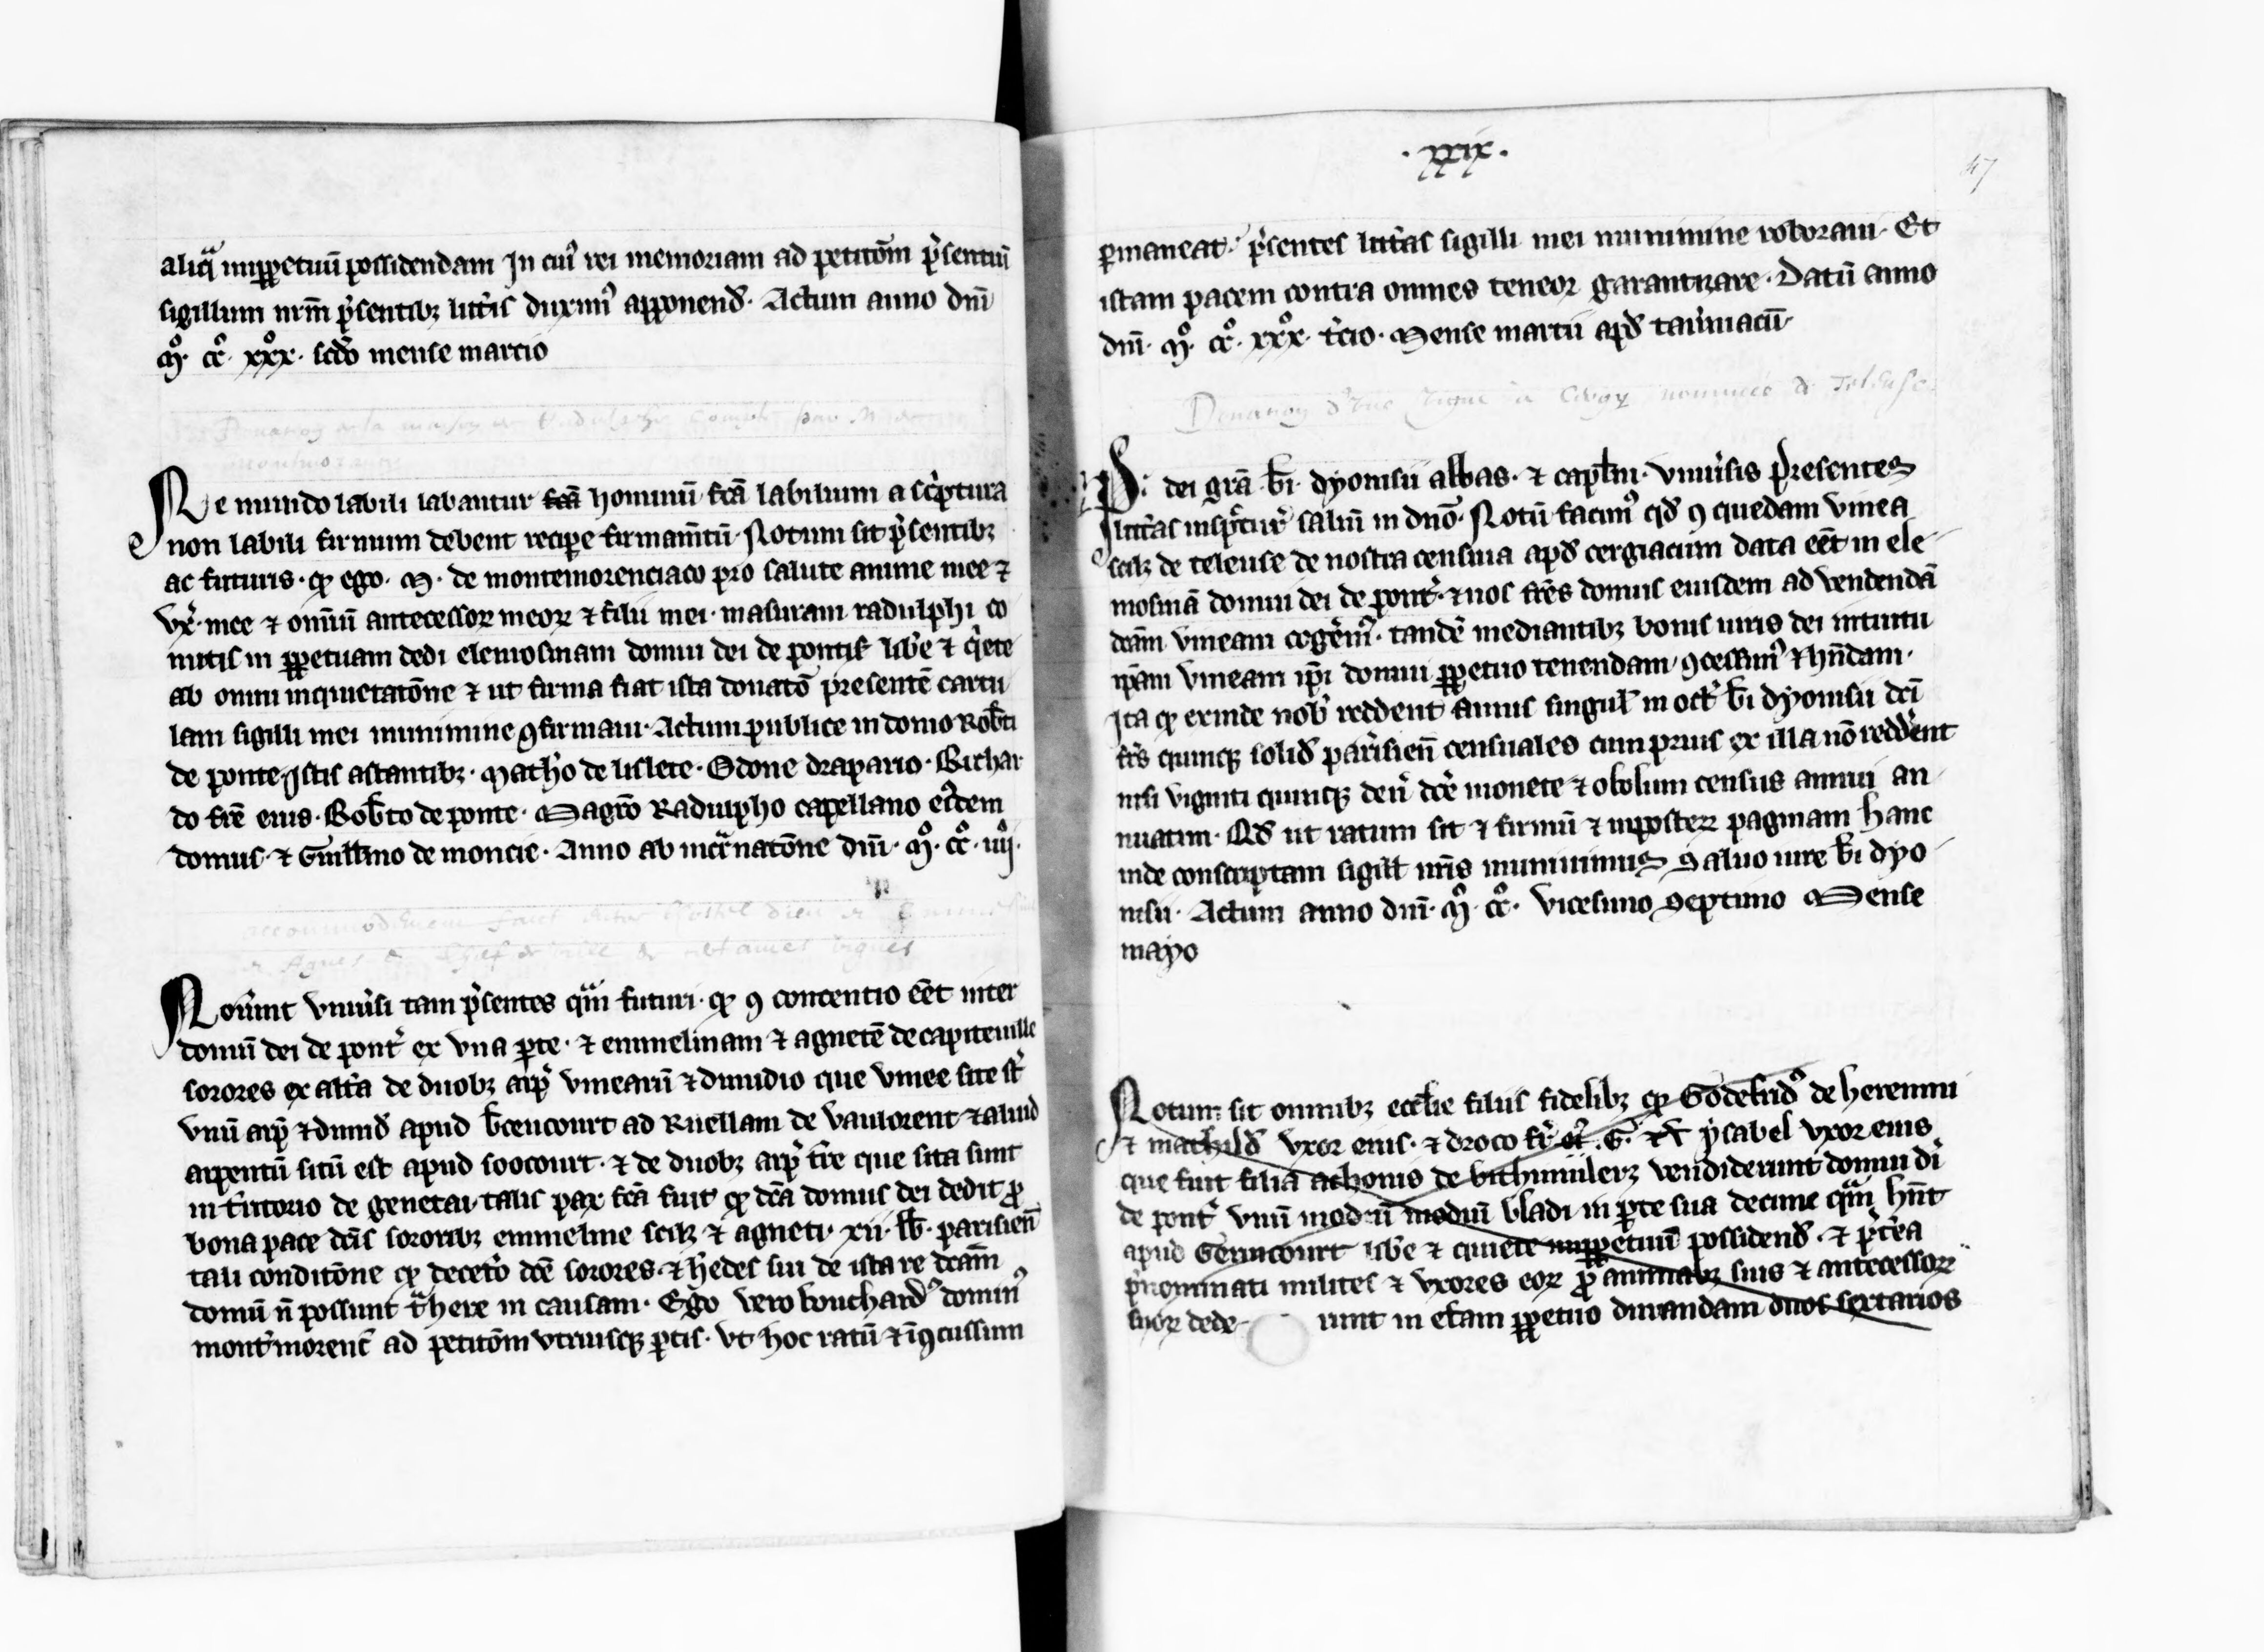
Shelfmark: Paris, BnF, lat. 5657
Century: 13